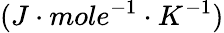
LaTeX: (J\cdot mole^{-1}\cdot K^{-1})